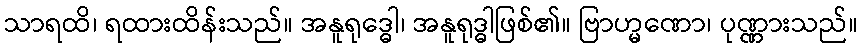
သာရထိ၊ ရထားထိန်းသည်။ အနူရုဒ္ဓေါ၊ အနူရုဒ္ဓါဖြစ်၏။ ဗြာဟ္မဏော၊ ပုဏ္ဏားသည်။